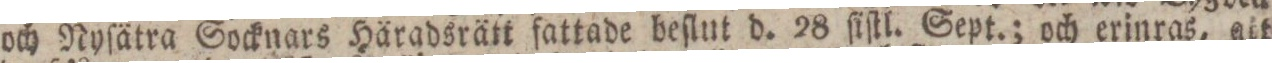
och Nyſätra Socknars Häradsrätt fattade beſlut d. 28 ſiſtl. Sept.; och erinras, att